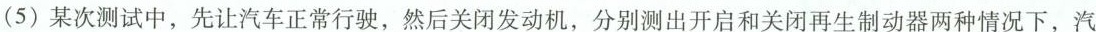
(5)某次测试中，先让汽车正常行驶，然后关闭发动机，分别测出开启和关闭再生制动器两种情况下，汽